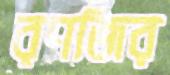
রণজির